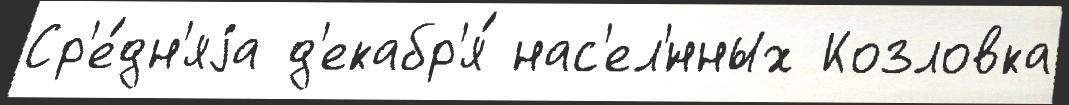
Ср'е́дн'яjа д'екабр'я́ нас'ел'́нных Козловка